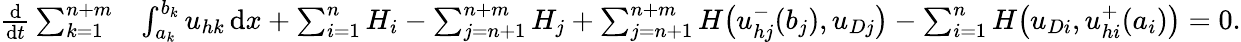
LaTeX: \begin{array}{rl}{\frac{\mathrm{d}}{\mathrm{d}t}\sum_{k=1}^{n+m}}&{\int_{a_{k}}^{b_{k}}{u}_{hk}\, \mathrm{d}x+\sum_{i=1}^{n}H_{i}-\sum_{j=n+1}^{n+m}H_{j}+\sum_{j=n+1}^{n+m}H\big({u}_{hj}^{-}(b_{j}),{u}_{Dj}\big)-\sum_{i=1}^{n}H\big({u}_{Di},{u}_{hi}^{+}(a_{i})\big)=0.}\end{array}